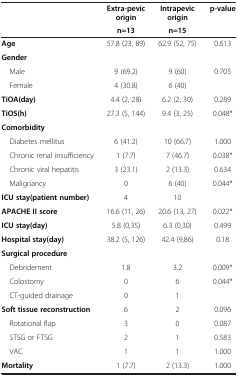
|  | Extra-pevic origin | Intrapevic origin | p-value |
 |  | n=13 | n=15 |  |
 | --- | --- | --- | --- |
 | Age | 57.8 (23, 89) | 62.9 (52, 75) | 0.613 |
 | Gender |  |  |  |
 | Male | 9 (69.2) | 9 (60) | 0.705 |
 | Female | 4 (30.8) | 6 (40) |  |
 | TiOA(day) | 4.4 (2, 28) | 6.2 (2, 30) | 0.289 |
 | TiOS(h) | 27.3 (5, 144) | 9.4 (3, 25) | 0.048* |
 | Comorbidity |  |  |  |
 | Diabetes mellitus | 6 (41.2) | 10 (66.7) | 1.000 |
 | Chronic renal insufficiency | 1 (7.7) | 7 (46.7) | 0.038* |
 | Chronic viral hepatitis | 3 (23.1) | 2 (13.3) | 0.634 |
 | Malignancy | 0 | 6 (40) | 0.044* |
 | ICU stay(patient number) | 4 | 10 |  |
 | APACHE II score | 16.6 (11, 26) | 20.6 (13, 27) | 0.022* |
 | ICU stay(day) | 5.8 (0,35) | 6.3 (0,30) | 0.499 |
 | Hospital stay(day) | 38.2 (5, 126) | 42.4 (9,86) | 0.18 |
 | Surgical procedure |  |  |  |
 | Debridement | 1.8 | 3.2 | 0.009* |
 | Colostomy | 0 | 6 | 0.044* |
 | CT-guided drainage | 0 | 1 |  |
 | Soft tissue reconstruction | 6 | 2 | 0.096 |
 | Rotational flap | 3 | 0 | 0.087 |
 | STSG or FTSG | 2 | 1 | 0.583 |
 | VAC | 1 | 1 | 1.000 |
 | Mortality | 1 (7.7) | 2 (13.3) | 1.000 |